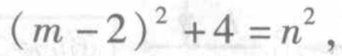
\((m - 2)^2 + 4 = n^2\)